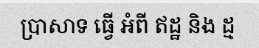
ប្រាសាទ ធ្វើ អំពី ឥដ្ឋ និង ដ្ម